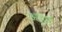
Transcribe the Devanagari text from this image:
अड्डें